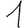
Digit: 1